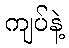
ကျပ်နဲ့